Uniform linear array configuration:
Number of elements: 48
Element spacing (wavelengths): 0.25
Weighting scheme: hamming
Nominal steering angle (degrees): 30
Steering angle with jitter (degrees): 29.478
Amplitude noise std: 0.05
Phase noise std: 0.05

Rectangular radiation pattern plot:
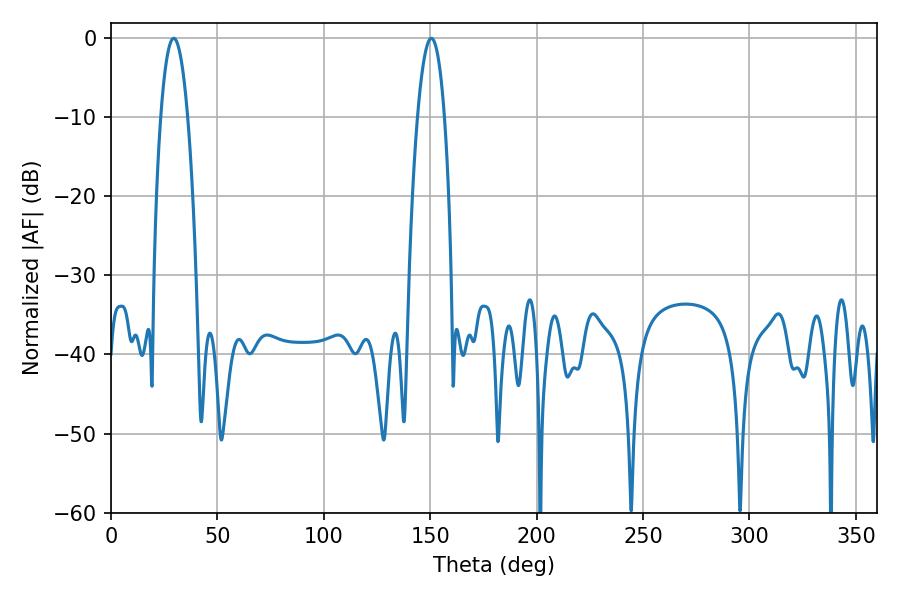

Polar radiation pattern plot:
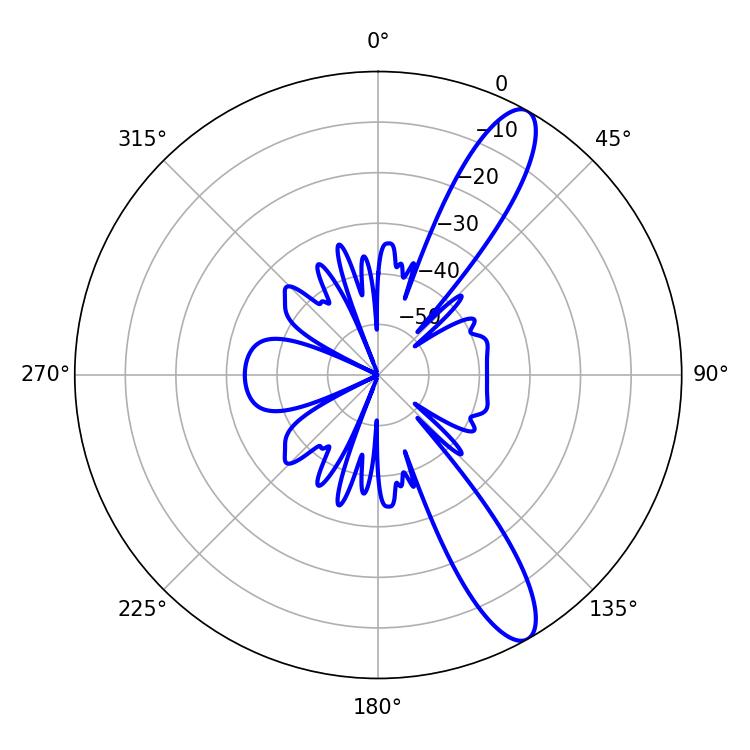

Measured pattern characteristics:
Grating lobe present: FALSE
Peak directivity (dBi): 11.891
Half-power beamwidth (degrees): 7.02
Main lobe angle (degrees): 29.52